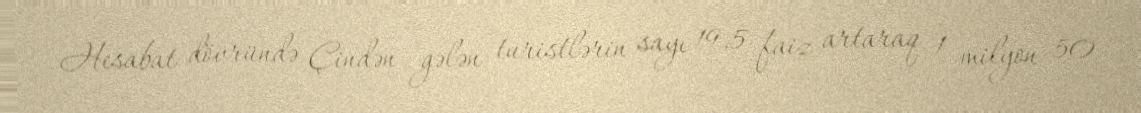
Hesabat dövründə Çindən gələn turistlərin sayı 19,5 faiz artaraq 1 milyon 50